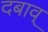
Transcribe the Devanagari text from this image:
दबाव्